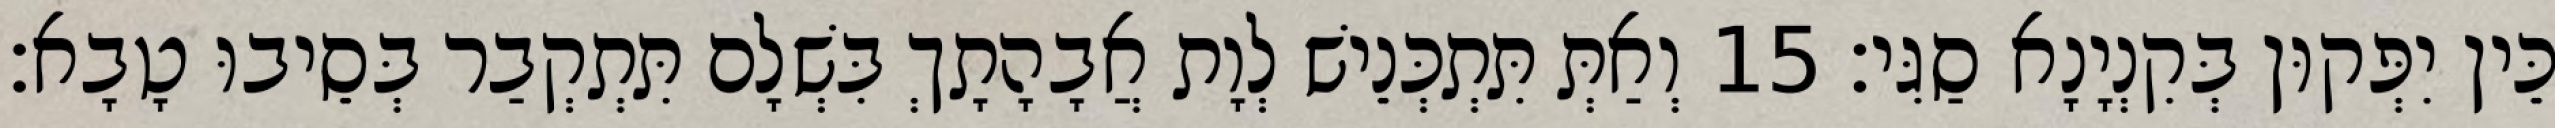
כֵּין יִפְּקוּן בְּקִנְיָנָא סַגִּי׃ 15 וְאַתְּ תִּתְכְּנֵישׁ לְוָת אֲבָהָתָךְ בִּשְׁלָם תִּתְקְבַר בְּסֵיבוּ טָבָא׃